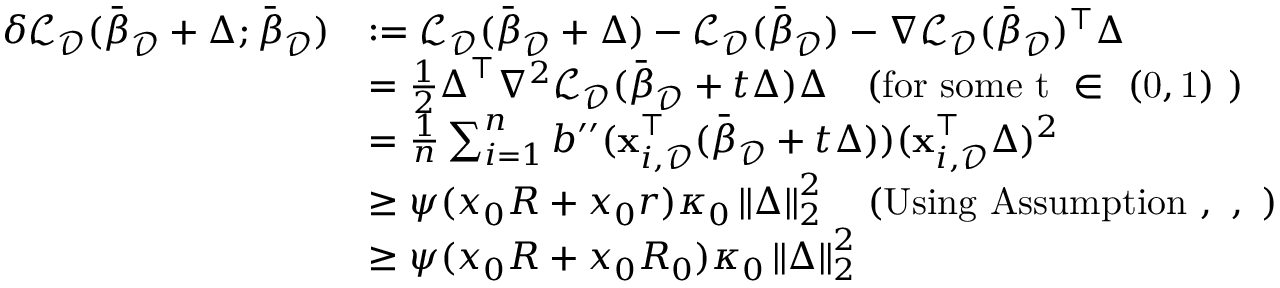
\begin{array} { r l } { \delta \mathcal { L } _ { \mathcal { D } } ( \bar { { \boldsymbol \beta } } _ { \mathcal { D } } + { \boldsymbol \Delta } ; \bar { { \boldsymbol \beta } } _ { \mathcal { D } } ) } & { : = \mathcal { L } _ { \mathcal { D } } ( \bar { { \boldsymbol \beta } } _ { \mathcal { D } } + { \boldsymbol \Delta } ) - \mathcal { L } _ { \mathcal { D } } ( \bar { { \boldsymbol \beta } } _ { \mathcal { D } } ) - \nabla \mathcal { L } _ { \mathcal { D } } ( \bar { { \boldsymbol \beta } } _ { \mathcal { D } } ) ^ { \top } { \boldsymbol \Delta } } \\ & { = \frac { 1 } { 2 } { \boldsymbol \Delta } ^ { \top } \nabla ^ { 2 } \mathcal { L } _ { \mathcal { D } } ( \bar { { \boldsymbol \beta } } _ { \mathcal { D } } + t { \boldsymbol \Delta } ) { \boldsymbol \Delta } \quad \mathrm { ( f o r ~ s o m e ~ t ~ \in ~ ( 0 , 1 ) ~ ) } } \\ & { = \frac { 1 } { n } \sum _ { i = 1 } ^ { n } b ^ { \prime \prime } ( \mathbf { x } _ { i , \mathcal { D } } ^ { \top } ( \bar { { \boldsymbol \beta } } _ { \mathcal { D } } + t { \boldsymbol \Delta } ) ) ( \mathbf { x } _ { i , \mathcal { D } } ^ { \top } { \boldsymbol \Delta } ) ^ { 2 } } \\ & { \geq \psi ( x _ { 0 } R + x _ { 0 } r ) \kappa _ { 0 } \left\| { \boldsymbol \Delta } \right\| _ { 2 } ^ { 2 } \quad \mathrm { ( U s i n g ~ A s s u m p t i o n ~ , ~ , ~ ) } } \\ & { \geq \psi ( x _ { 0 } R + x _ { 0 } R _ { 0 } ) \kappa _ { 0 } \left\| { \boldsymbol \Delta } \right\| _ { 2 } ^ { 2 } } \end{array}